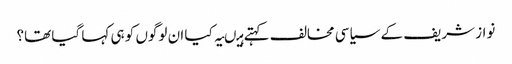
نواز شریف کے سیاسی مخالف کہتے ہیںیہ کیا ان لوگوں کو ہی کہا گیا تھا؟